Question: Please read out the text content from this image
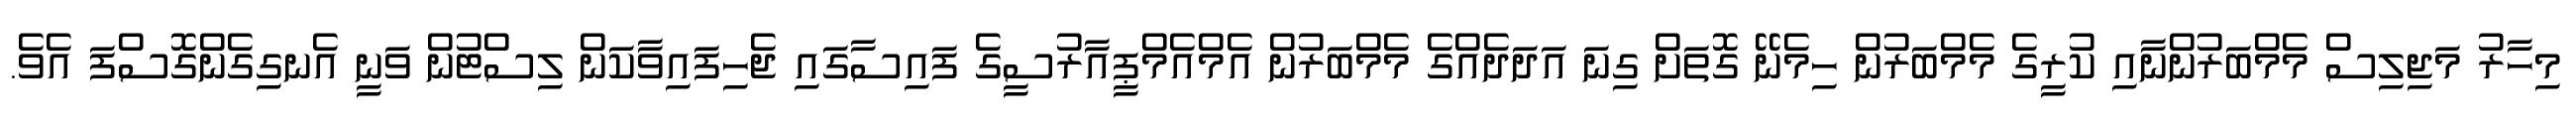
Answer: މިހާރު މަޖިލިސް މެމްބަރުންނާއި ކުރީގެ މެމްބަރުން ހިމެނޭ ގޮތަށް ގިނަ އަދަދެއްގެ މެމްބަރުން އެމްއެމްޕީއާރުސީގެ ފައިސާގައި ޖެހިފައިވާކަން ލިސްޓުން ވަނީ އެނގިގެންގޮސްފަ އެވެ.